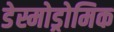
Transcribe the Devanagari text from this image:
डेस्मोड्रोमिक